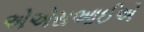
એએસઆઈએ